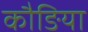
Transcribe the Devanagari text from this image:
कौङिया